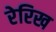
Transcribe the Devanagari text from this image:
रेरिख